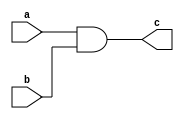
module my_test(
	input wire a,b,
	output reg c
	);

	always @(a or b)
	begin
		c = a && b;
	end
	
endmodule